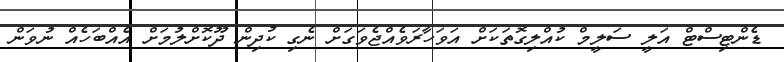
ޑެންޓިސްޓް އަލީ ސަލީމް ކުއްލިގޮތަކަށް އަވަހާރަވެއްޖެވަގަށް ނެގި ކުދިން ދޫކޮށްލުމަށް އެއްބަހެއް ނުވަން